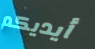
أيديكم